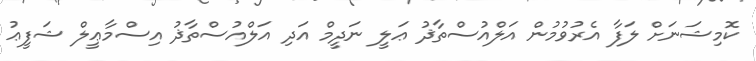
ކޮމިޝަނަށް ލަފާ އެރުވުމުން އަލްއުސްތާޛު ޢަލީ ނަދީމް އަދި އަލްއުސްތާޛު އިސްމާޢީލް ޝަފީޢު